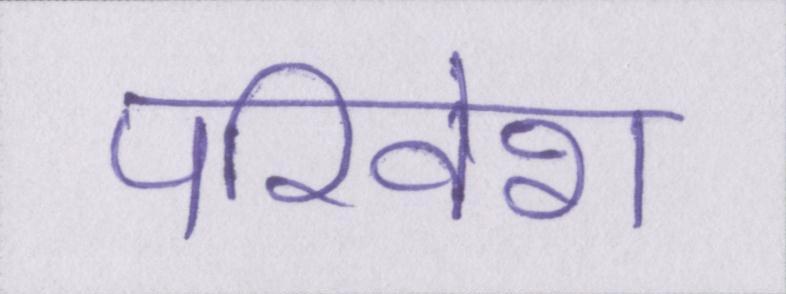
परिवेश